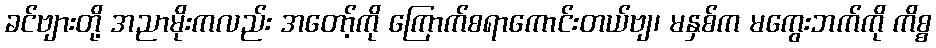
ခင်ဗျားတို့ အညာမိုးကလည်း အတော့်ကို ကြောက်စရာကောင်းတယ်ဗျ၊ မနှစ်က မကွေးဘက်ကို ကိစ္စ